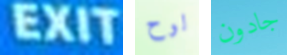
EXIT لوح جادون